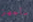
سأجهز